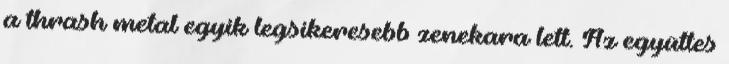
a thrash metal egyik legsikeresebb zenekara lett. Az együttes